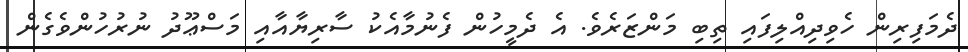
ދެމަފިރިން ހެވިދިއްލިފައި ތިބި މަންޒަރެވެ. އެ ދެމީހުން ފެނުމާއެކު ސާރިޔާއާއި މަސްޢޫދު ނުރުހުންވެގެން